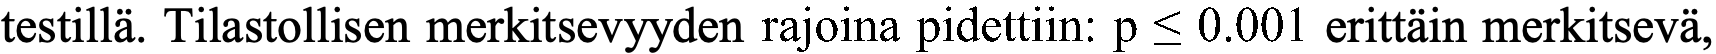
testillä. Tilastollisen merkitsevyyden rajoina pidettiin: p ≤ 0.001 erittäin merkitsevä,